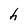
Character: h